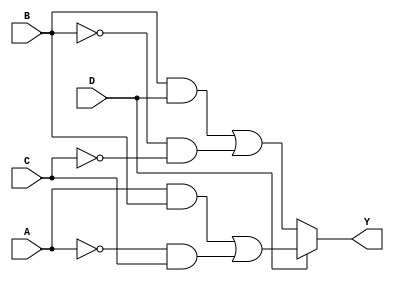
module MultiLevelSimplification (
    input wire A,
    input wire B,
    input wire C,
    input wire D,
    output wire Y
);

// Intermediate signals
wire notA, notB, notC, notD;
wire and1, and2, and3, and4;
wire or1, or2;
wire mux_out;

// Step 1: Invert inputs
assign notA = ~A;
assign notB = ~B;
assign notC = ~C;
assign notD = ~D;

// Step 2: First level of AND gates
assign and1 = A & B;          // A AND B
assign and2 = notA & C;      // NOT A AND C
assign and3 = B & D;         // B AND D
assign and4 = notB & notC;   // NOT B AND NOT C

// Step 3: Intermediate OR gate
assign or1 = and1 | and2;     // Combine results of first two AND gates
assign or2 = and3 | and4;     // Combine results of last two AND gates

// Step 4: Multiplexer for final selection
// MUX selects between or1 and or2 based on input D
assign mux_out = (D) ? or1 : or2;

// Step 5: Final output logic
assign Y = mux_out;

endmodule